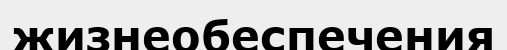
жизнеобеспечения